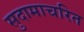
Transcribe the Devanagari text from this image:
सुदामाचरित